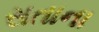
સતાના